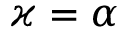
\varkappa = \alpha